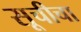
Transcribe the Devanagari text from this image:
सूचीचा